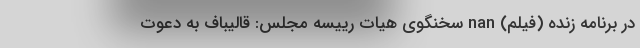
در برنامه زنده (فیلم) nan سخنگوی هیات رییسه مجلس: قالیباف به دعوت